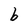
Character: b